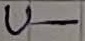
Text: U-